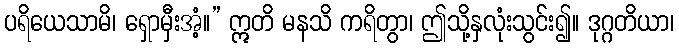
ပရိယေသာမိ၊ ရှောမှီးအံ့။” ဣတိ မနသိ ကရိတွာ၊ ဤသို့နှလုံးသွင်း၍။ ဒုဂ္ဂတိယာ၊